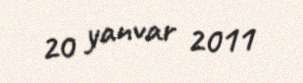
20 yanvar 2011